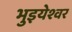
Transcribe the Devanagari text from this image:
भुइयेश्वर